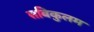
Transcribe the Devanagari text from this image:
सबिकुलम